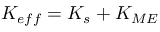
K _ { e f f } = K _ { s } + K _ { M E }